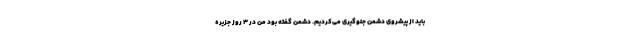
باید از پیشروی دشمن جلوگیری می‌کردیم. دشمن گفته بود من در ۳ روز جزیره